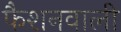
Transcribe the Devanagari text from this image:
फैशनवाली